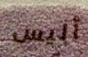
أليس